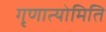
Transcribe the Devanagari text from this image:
गृणात्योमिति